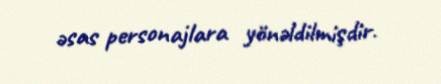
əsas personajlara yönəldilmişdir.